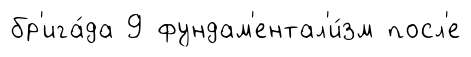
бр'ига́да 9 фундам'ентал'и́зм посл'е